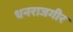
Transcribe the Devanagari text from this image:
धनराजगीर